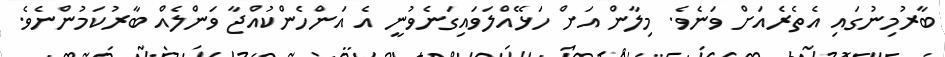
ބާރުމިނުގައި އެތެރެއަށް ވަނެވެ. މިލާން އަށް ހަޅޭއްލަވައިގަނެވުނީ އެ އަންހެންކުއްޖާ ވަންލެއް ބާރުކަމުންނެވެ.